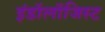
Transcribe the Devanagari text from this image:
इंडॉलॉजिस्ट